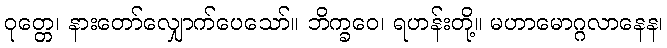
ဝုတ္တေ၊ နားတော်လျှောက်ပေသော်။ ဘိက္ခဝေ၊ ရဟန်းတို့။ မဟာမောဂ္ဂလာနေန၊